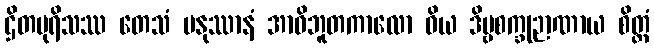
ဌိတပုရိသဿ တေသံ မနုဿာနံ အာဝိဘူတကာလော ဝိယ ဒိဗ္ဗစက္ခုဉာဏာယ စိတ္တံ